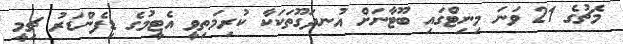
މެޗުގެ 21 ވަނަ މިނިޓްގައި ބޫޓާނަށް އުނދަގޫތަކަކާ ކުރިމަތިވީ އެޓީމުގެ ޑިފެންޑަރު ޗިމީ